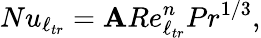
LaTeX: Nu_{\ell_{tr}}=\mathbf{A}Re_{\ell_{tr}}^{n}Pr^{1/3},